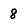
Character: 8